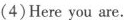
(4)Here you are.